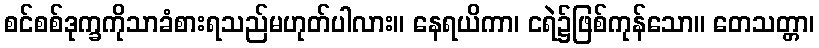
စင်စစ်ဒုက္ခကိုသာခံစားရသည်မဟုတ်ပါလား။ နေရယိကာ၊ ငရဲ၌ဖြစ်ကုန်သော။ တေသတ္တာ၊